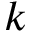
k